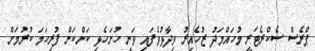
ޕްރެސް ސެކްރެޓަރީ މުހައްމަދު ޒުހެއިރު ވިދާޅުވެފައި ވަނީ ހުށަހެޅި ކަންކަން ފުރިހަމަ ކުރުމަށް